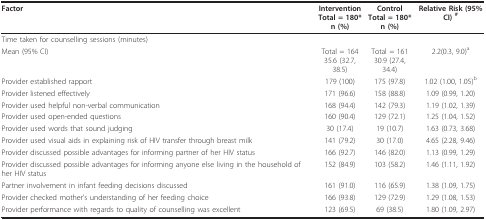
<table><thead><tr><td><b>Factor</b></td><td><b>InterventionTotal = 180*n (%)</b></td><td><b>ControlTotal = 180*n (%)</b></td><td><b>Relative Risk (95%CI) <sup>#</sup></b></td></tr></thead><tbody><tr><td>Time taken for counselling sessions (minutes)</td><td></td><td></td><td></td></tr><tr><td>Mean (95% CI)</td><td>Total = 16435.6 (32.7, 38.5)</td><td>Total = 16130.9 (27.4, 34.4)</td><td>2.2(0.3, 9.0)<sup>a</sup></td></tr><tr><td>Provider established rapport</td><td>179 (100)</td><td>175 (97.8)</td><td>1.02 (1.00, 1.05)<sup>b</sup></td></tr><tr><td>Provider listened effectively</td><td>171 (96.6)</td><td>158 (88.8)</td><td>1.09 (0.99, 1.20)</td></tr><tr><td>Provider used helpful non-verbal communication</td><td>168 (94.4)</td><td>142 (79.3)</td><td>1.19 (1.02, 1.39)</td></tr><tr><td>Provider used open-ended questions</td><td>160 (90.4)</td><td>129 (72.1)</td><td>1.25 (1.04, 1.52)</td></tr><tr><td>Provider used words that sound judging</td><td>30 (17.4)</td><td>19 (10.7)</td><td>1.63 (0.73, 3.68)</td></tr><tr><td>Provider used visual aids in explaining risk of HIV transfer through breast milk</td><td>141 (79.2)</td><td>30 (17.0)</td><td>4.65 (2.28, 9.46)</td></tr><tr><td>Provider discussed possible advantages for informing partner of her HIV status</td><td>166 (92.7)</td><td>146 (82.0)</td><td>1.13 (0.99, 1.29)</td></tr><tr><td>Provider discussed possible advantages for informing anyone else living in the household of her HIV status</td><td>152 (84.9)</td><td>103 (58.2)</td><td>1.46 (1.11, 1.92)</td></tr><tr><td>Partner involvement in infant feeding decisions discussed</td><td>161 (91.0)</td><td>116 (65.9)</td><td>1.38 (1.09, 1.75)</td></tr><tr><td>Provider checked mother&#x27;s understanding of her feeding choice</td><td>166 (93.8)</td><td>129 (72.9)</td><td>1.29 (1.08, 1.53)</td></tr><tr><td>Provider performance with regards to quality of counselling was excellent</td><td>123 (69.5)</td><td>69 (38.5)</td><td>1.80 (1.09, 2.97)</td></tr></tbody></table>